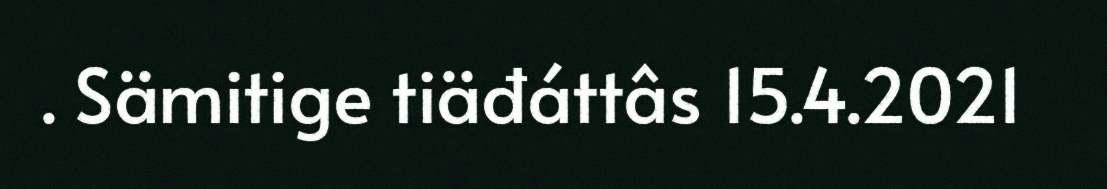
. Sämitige tiäđáttâs 15.4.2021